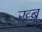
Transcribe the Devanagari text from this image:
ख्ब्